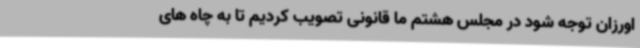
اورزان توجه شود در مجلس هشتم ما قانونی تصویب کردیم تا به چاه های